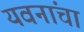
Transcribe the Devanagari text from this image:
यवनांचा